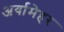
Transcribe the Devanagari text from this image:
अर्यामेहर